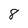
Character: 8